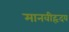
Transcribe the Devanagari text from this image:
मानवीहृदय